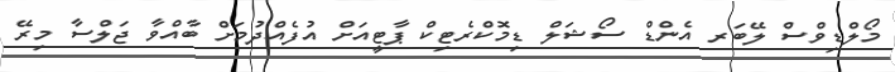
މޯލްޑިވްސް ލޭބަރ އެންޑް ސޯޝަލް ޑިމޮކްރެޓިކް ޕާޓީއަށް އުފެއްދުމަށް ބާއްވާ ޖަލްސާ މިރޭ